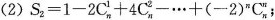
(2)$$S _ { 2 } = 1 - 2 C _ { n } ^{ 1 } + 4 C _ { n } ^ { 2 } - ... ( - 2 ) ^ { n } C _ { n } ^ { n }$$;